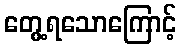
တွေ့ရသောကြောင့်